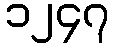
၁၂၄၇